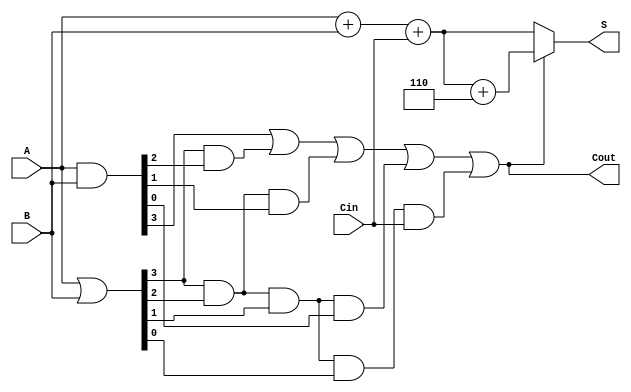
module BCD_Carry_Lookahead_Adder (
    input [3:0] A,      // 4-bit BCD input A
    input [3:0] B,      // 4-bit BCD input B
    input Cin,          // Carry input
    output reg [3:0] S, // 4-bit sum output
    output reg Cout      // Carry output
);

    // Internal signals for Generate and Propagate
    wire [3:0] G; // Generate signals
    wire [3:0] P; // Propagate signals
    wire [4:0] C; // Carry signals

    // Generate and Propagate calculations
    assign G = A & B;       // G[i] = A[i] AND B[i]
    assign P = A | B;       // P[i] = A[i] OR B[i]

    // Carry Lookahead Logic
    assign C[0] = Cin; // C[0] is the input carry
    assign C[1] = G[0] | (P[0] & C[0]);
    assign C[2] = G[1] | (P[1] & G[0]) | (P[1] & P[0] & C[0]);
    assign C[3] = G[2] | (P[2] & G[1]) | (P[2] & P[1] & G[0]) | (P[2] & P[1] & P[0] & C[0]);
    assign C[4] = G[3] | (P[3] & G[2]) | (P[3] & P[2] & G[1]) | (P[3] & P[2] & P[1] & G[0]) | (P[3] & P[2] & P[1] & P[0] & C[0]);

    // Sum Calculation
    always @(*) begin
        if (C[4]) begin
            // If carry out is asserted, adjust sum by adding 6
            S = (A + B + Cin) + 4'b0110; // Add 6 in BCD
        end else begin
            // Regular sum without adjustment
            S = (A + B + Cin);
        end
        Cout = C[4]; // Final carry output
    end

endmodule